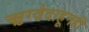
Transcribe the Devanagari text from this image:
ऋग्वेदाहूनही